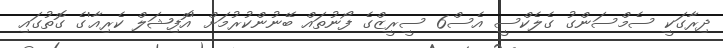
ދިރާގަކީ ސެމްސަންގު ގެލެކްސީ އެސް6 ސީރީޒްގެ ފޯނުތައް ބޭނުންކުރުމަށް 'އޮފިޝަލް ކެރިއާ'ގެ ގޮތުގައި